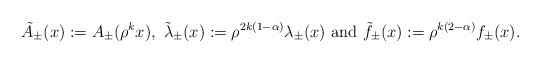
\begin{align*}\tilde A_{\pm}(x) := A_{\pm}(\rho^k x), \ \tilde \lambda_{\pm}(x) := \rho^{2k(1-\alpha)} \lambda_{\pm}(x) \ \mbox{and} \ \tilde f_{\pm}(x) : = \rho^{k(2-\alpha)}f_{\pm}(x).\end{align*}